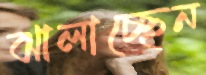
ঝালাচ্ছেন